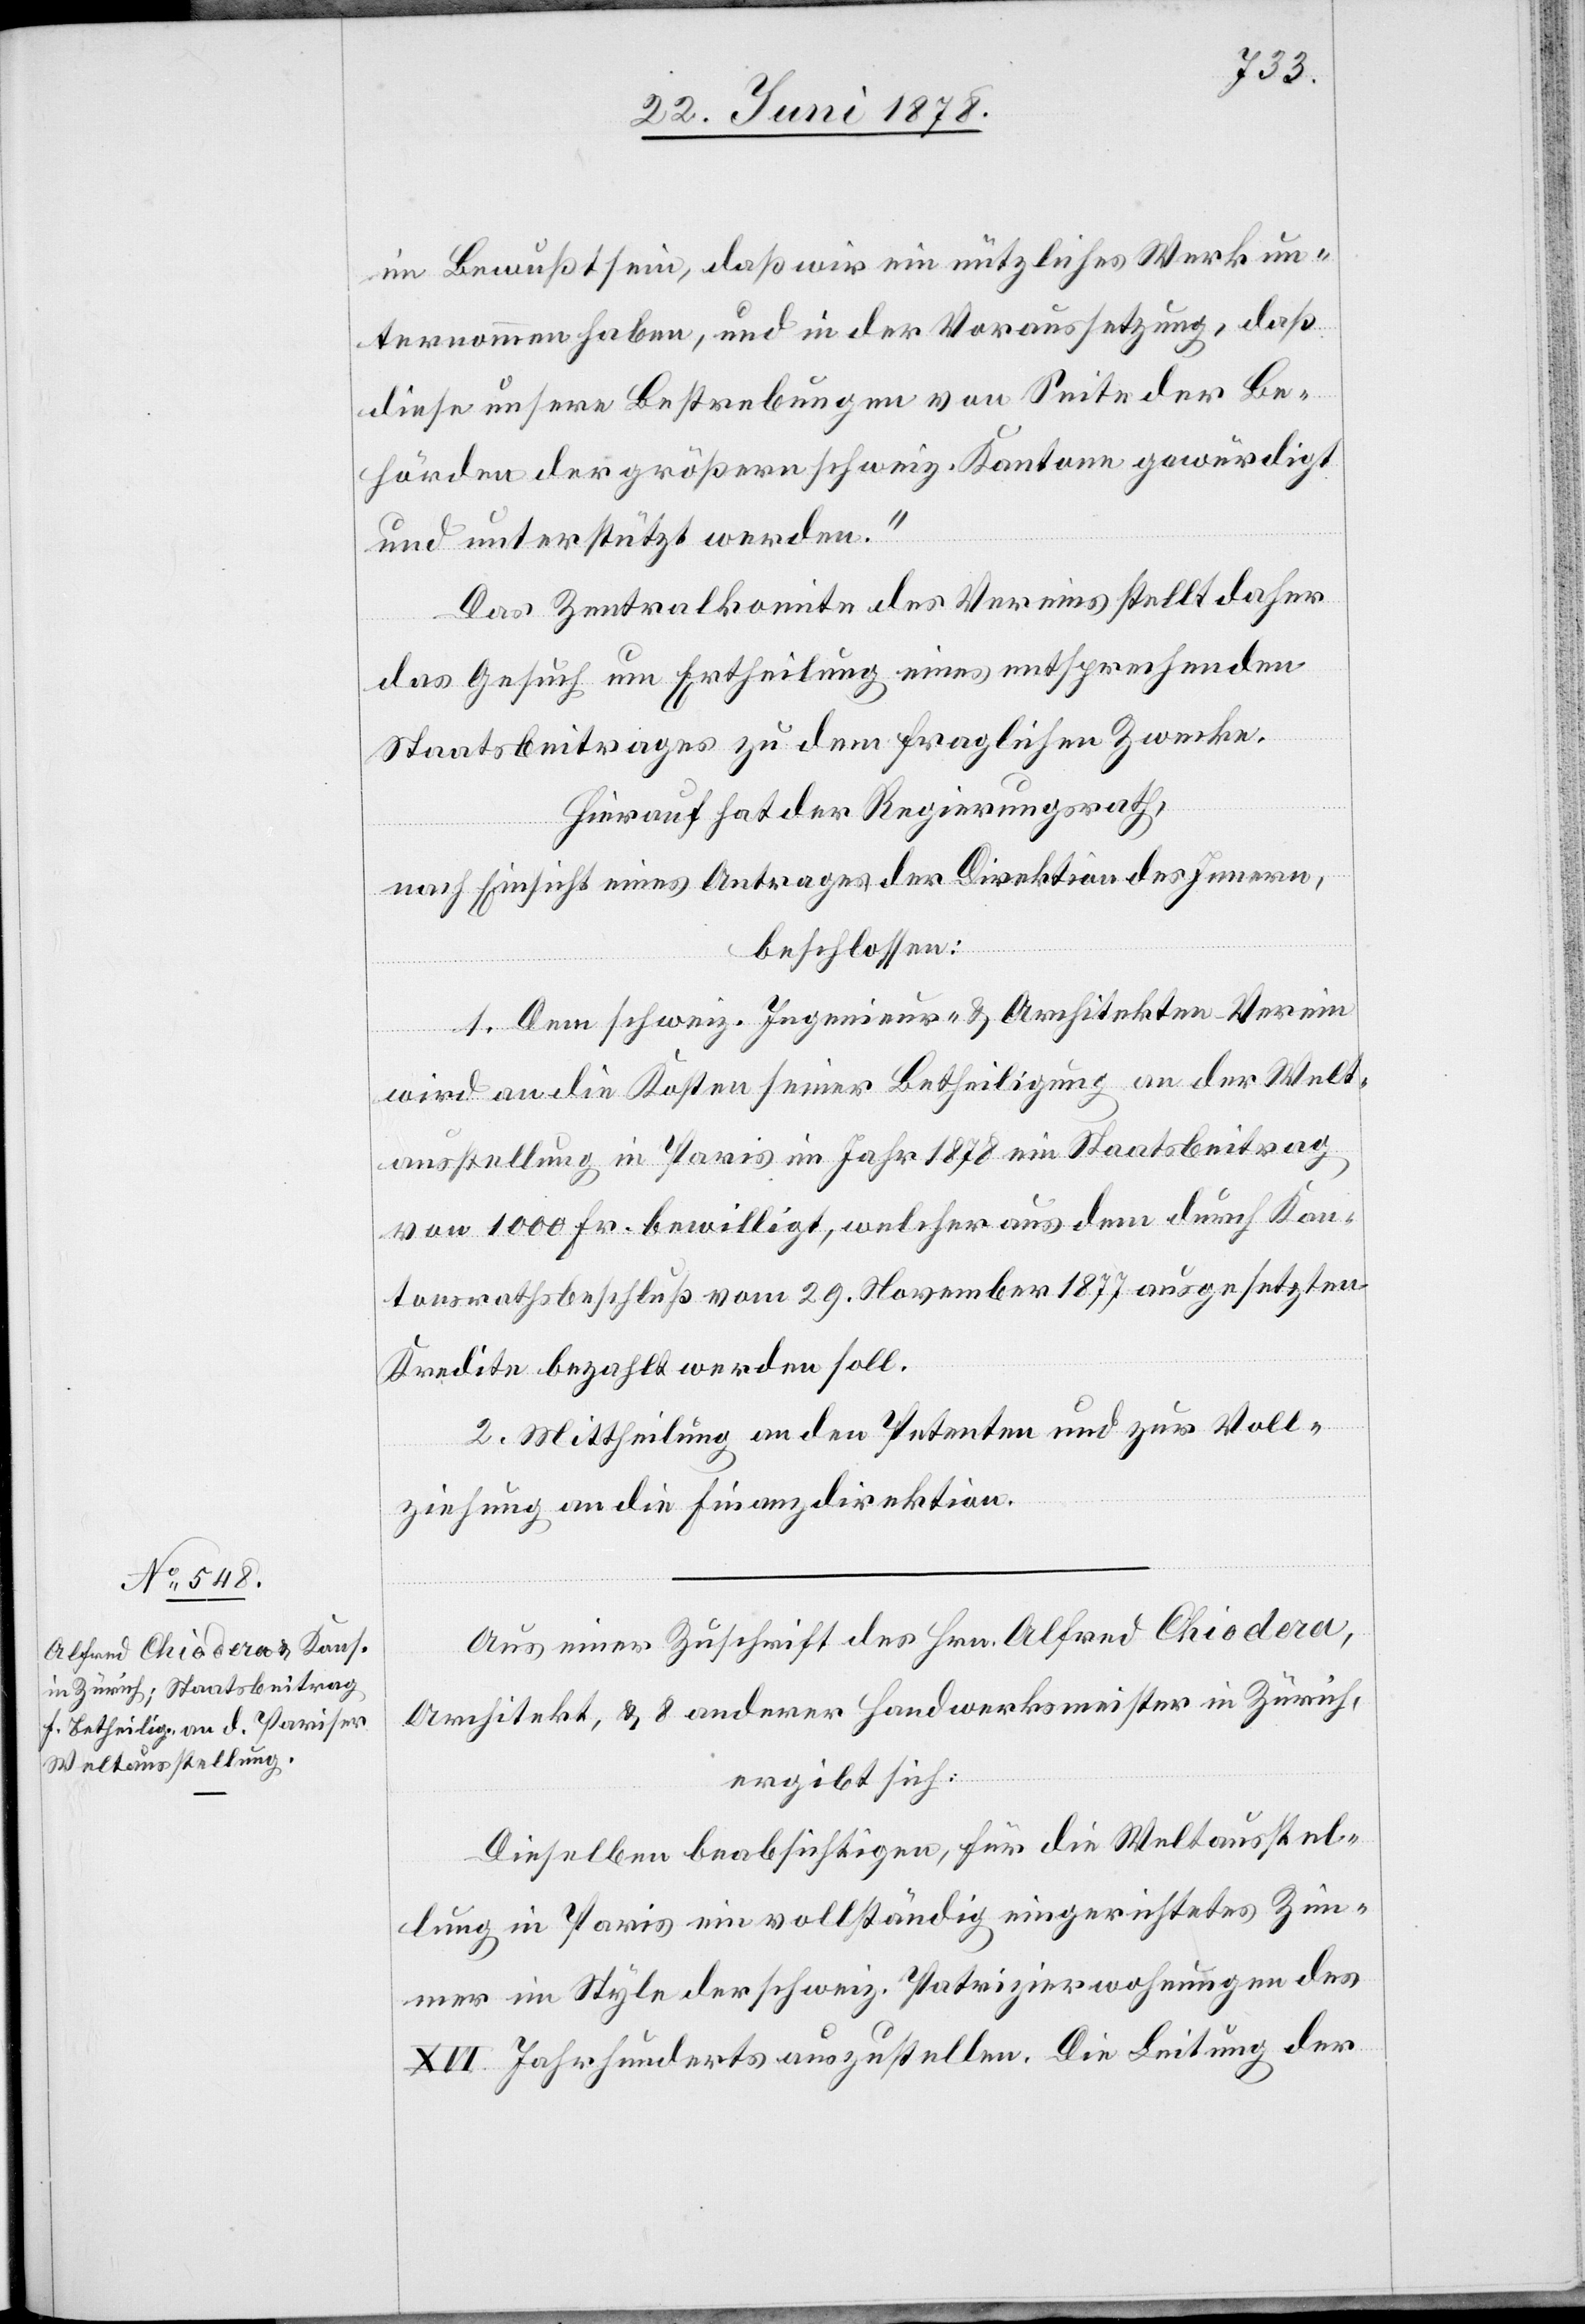
im Bewußtsein, daß wir ein nützliches Werk un¬
ternommen haben, und in der Voraussetzung, daß
diese unsere Bestrebungen von Seite der Be¬
hörden der größern schweiz. Kantone gewürdigt
und unterstützt werden.“
Das Zentralkomite des Vereins stellt daher
das Gesuch um Ertheilung eines entsprechenden
Staatsbeitrages zu dem fraglichen Zwecke.
Hierauf hat der Regierungsrath,
nach Einsicht eines Antrages der Direktion des Innern,
beschlossen:
1. Dem schweiz. Ingenieur- & Architekten-Verein
wird an die Kosten seiner Betheiligung an der Welt¬
ausstellung in Paris im Jahr 1878 ein Staatsbeitrag
von 1000 Fr. bewilligt, welcher aus dem durch Kan¬
tonsrathsbeschluß vom 29. November 1877 ausgesetzten
Kredite bezahlt werden soll.
2. Mittheilung an den Petenten und zur Voll¬
ziehung an die Finanzdirektion.
Aus einer Zuschrift des Hrn. Alfred Chiodera,
Architekt, & 8 anderer Handwerksmeister in Zürich,
ergibt sich:
Dieselben beabsichtigen, für die Weltausstel¬
lung in Paris ein vollständig eingerichtetes Zim¬
mer im Style der schweiz. Patrizierwohnungen des
XVI. Jahrhunderts auszustellen. Die Leitung der